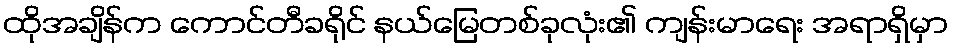
ထိုအချိန်က ကောင်တီခရိုင် နယ်မြေတစ်ခုလုံး၏ ကျန်းမာရေး အရာရှိမှာ